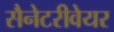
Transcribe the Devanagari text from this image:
सैनेटरीवेयर